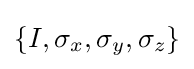
\lbrace I,\sigma _{x},\sigma _{y},\sigma _{z}\rbrace